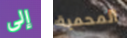
إلى المحمية